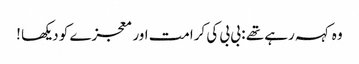
وہ کہہ رہے تھے : بی بی کی کرامت اور معجزے کو دیکھا !